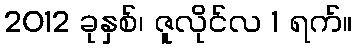
2012 ခုနှစ်၊ ဇူလိုင်လ 1 ရက်။